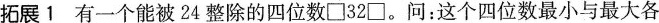
拓展1 有一个能被24整除的四位数\Box 32 \Box。问：这个四位数最小与最大各